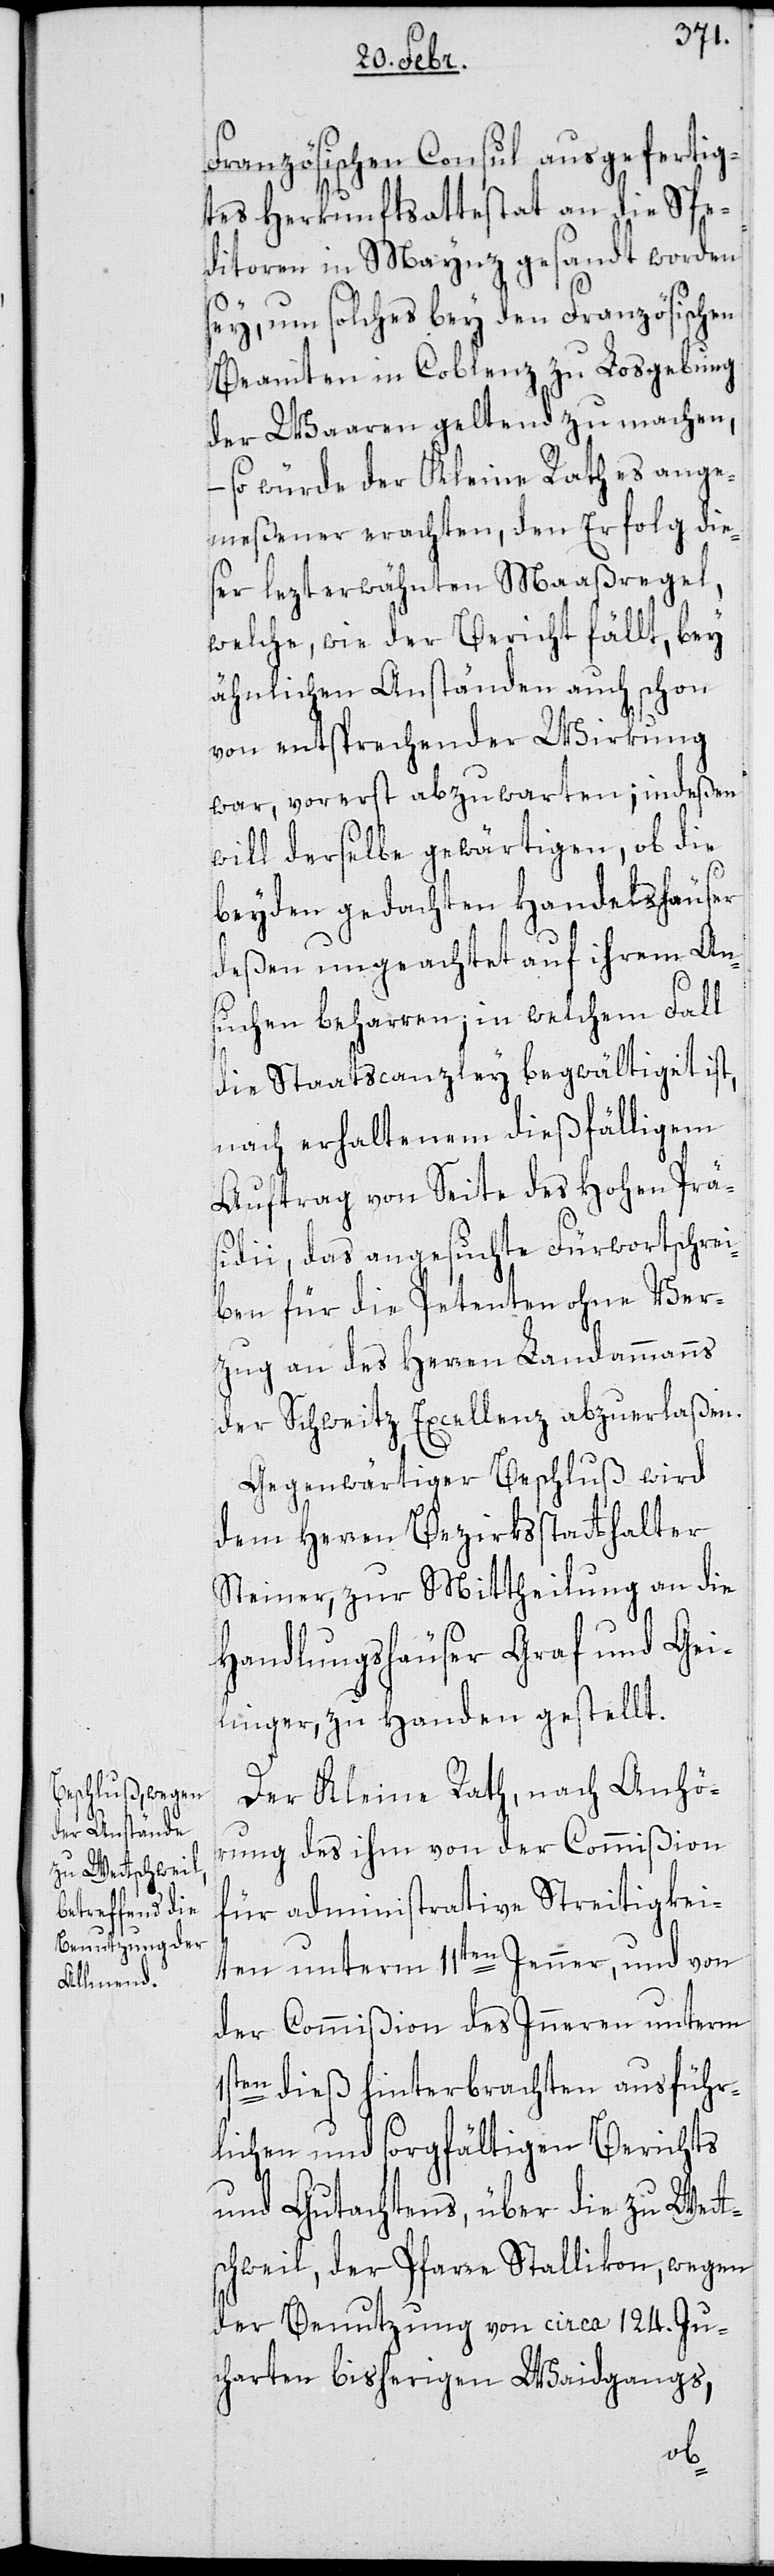
Französischen Consul ausgefertig¬
tes Herkunftsattestat an die Spe¬
ditoren in Maynz gesandt worden
sey, um solches bey den Französischen
Beamten in Coblenz zu Loosgebung
der Waaren geltend zu machen,
– so würde der Kleine Rath es ange¬
meßen erachten, den Erfolg die¬
ser lezterwähnten Maaßregel,
welche, wie der Bericht fällt, bey
ähnlichen Anständen auch schon
von entsprechender Wirkung
war, vorerst abzuwarten; indeßen
will derselbe gewärtigen, ob die
beyden gedachten Handelshäuser
deßen ungeachtet auf ihrem An¬
suchen beharren, in welchem Fall
die Staatscanzley begwältigt ist,
nach erhaltenem dießfälligem
Auftrag von Seite des Hohen Prä¬
sidii, das angesuchte Fürwortschrei¬
ben für die Petenten ohne Ver¬
zug an des Herren Landammanns
der Schweitz Excellenz abzuerlaßen.
Gegenwärtiger Beschluß wird
dem Herren Bezirksstatthalter
Steiner, zur Mittheilung an die
Handlungshäuser Graf und Gei¬
linger, zu Handen gestellt.
Der Kleine Rath, nach Anhö¬
rung des ihm von der Commißion
für administrative Streitigkei¬
ten unterm 11ten Jenner, und von
der Commißion des Inneren unterm
1s¬
ten dieß hinterbrachten ausführ¬
lichen und sorgfältigen Berichts
und Gutachtens, über die zu Wett¬
schweil, der Pfarre Stallikon, wegen
der Benutzung von circa 124. Ju¬
charten bisherigen Waidgangs,